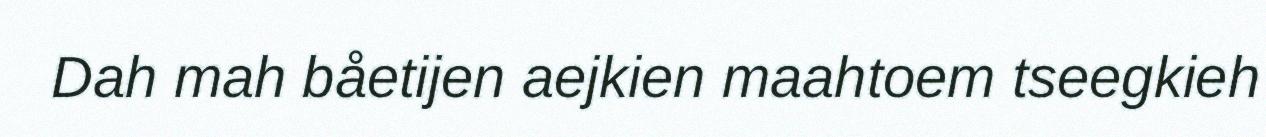
Dah mah båetijen aejkien maahtoem tseegkieh